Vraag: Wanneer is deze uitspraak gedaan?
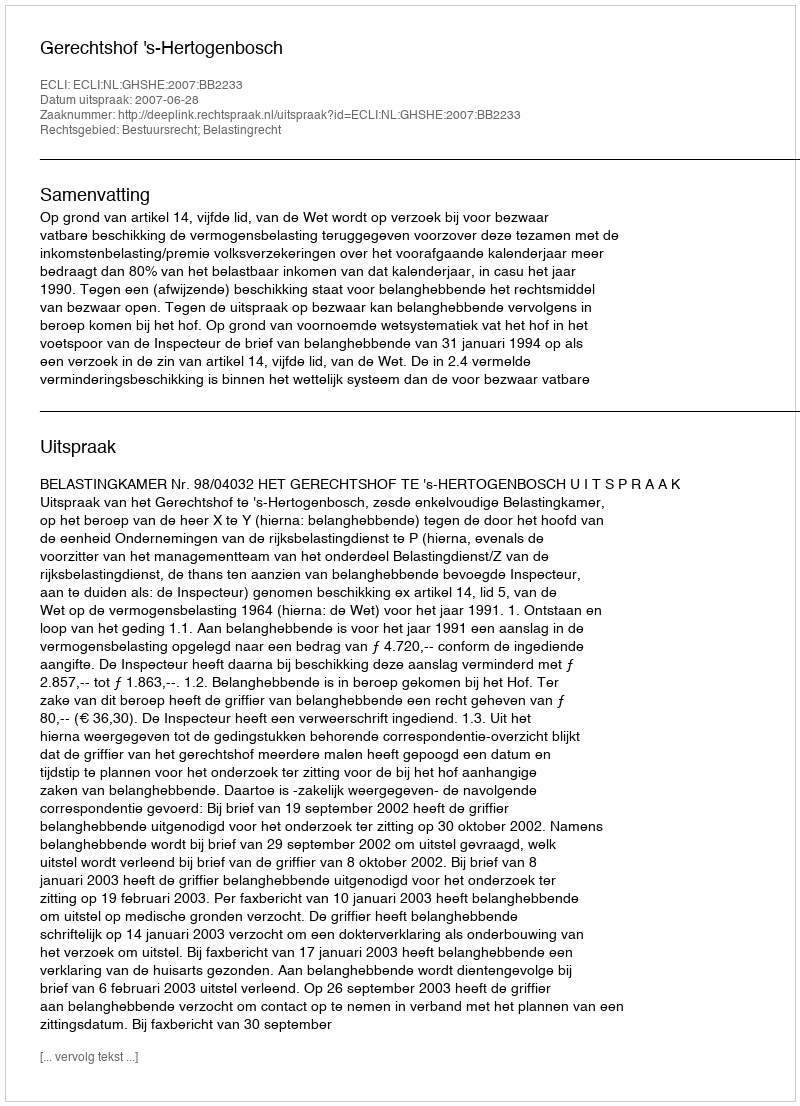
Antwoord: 2007-06-28